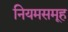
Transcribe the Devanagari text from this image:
नियमसमूह